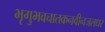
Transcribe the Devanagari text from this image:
भृगुभवचातकनवीनजलधर